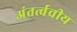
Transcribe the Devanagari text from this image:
अंतर्त्वचीय